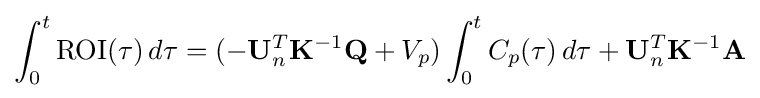
\int _{0}^{t}\mathrm {ROI} (\tau )\,d\tau =(-\mathbf {U} _{n}^{T}\mathbf {K} ^{-1}\mathbf {Q} +V_{p})\int _{0}^{t}C_{p}(\tau )\,d\tau +\mathbf {U} _{n}^{T}\mathbf {K} ^{-1}\mathbf {A}